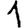
Digit: 1